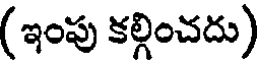
(ఇంపు కల్గించదు)